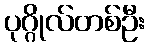
ပုဂ္ဂိုလ်တစ်ဦး